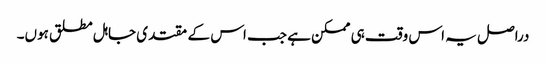
دراصل یہ اس وقت ہی ممکن ہے جب اس کے مقتدی جاہل مطلق ہوں۔